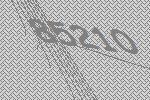
85210